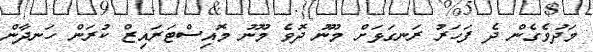
މަދުވެގެން ދެ ފަހަރު ރަނގަޅަށް މޫނު ދޮވެ މޫނު މޮއިސްޓަރައިޒް ކުރަން ހަނދާން